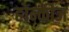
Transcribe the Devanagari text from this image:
होन्कीज